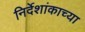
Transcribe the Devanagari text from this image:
निर्देशांकाच्या